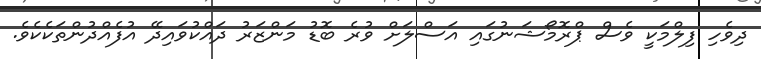
ދިވެހި ފިލްމަކީ ވެސް ޕްރޮމޯޝަނުގައި އަސްލަށް ވުރެ ބޮޑު މަންޒަރު ދައްކުވައިދޭ އުފެއްދުންތަކެކެވެ.